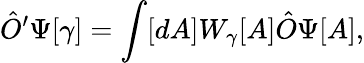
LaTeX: {\hat{O}}^{\prime}\Psi[\gamma]=\int[dA]W_{\gamma}[A]{\hat{O}}\Psi[A],